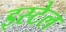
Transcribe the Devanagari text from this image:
इस्टेल